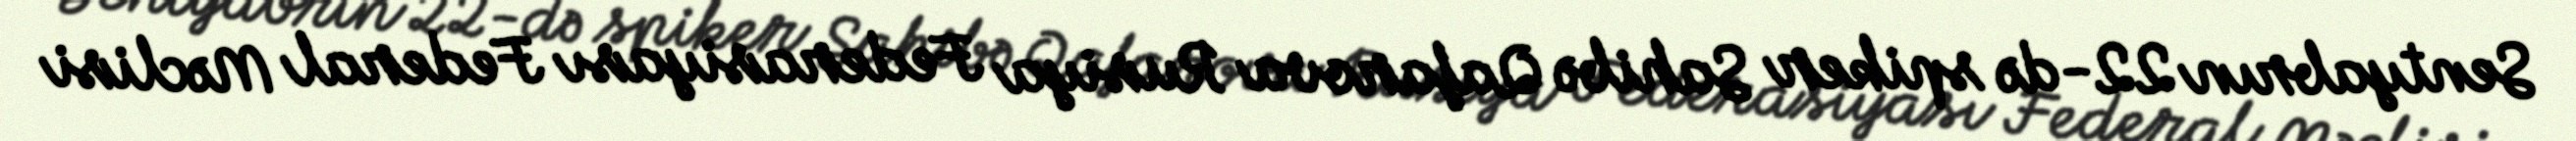
Sentyabrın 22-də spiker Sahibə Qafarova Rusiya Federasiyası Federal Məclisi